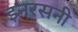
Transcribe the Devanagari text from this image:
इनरसनी